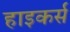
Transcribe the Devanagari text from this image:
हाइकर्स